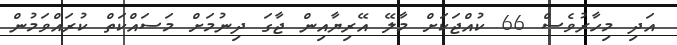
އަދި މިހާރުވެސް 66 ކުއްޖަކަށް މާލޭ އޭރިޔާއިން ޖާގަ ދިނުމަށް މަސައްކަތް ކުރައްވަމުން